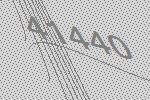
41440